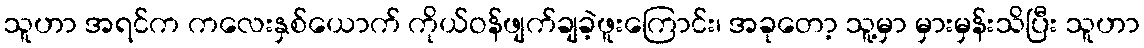
သူဟာ အရင်က ကလေးနှစ်ယောက် ကိုယ်ဝန်ဖျက်ချခဲ့ဖူးကြောင်း၊ အခုတော့ သူ့မှာ မှားမှန်းသိပြီး သူဟာ